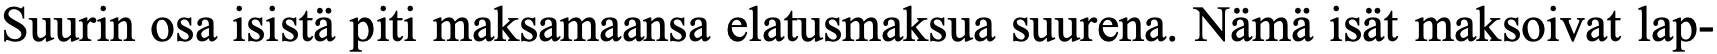
Suurin osa isistä piti maksamaansa elatusmaksua suurena. Nämä isät maksoivat lap-